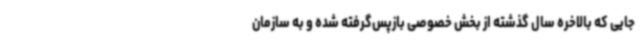
جایی که بالاخره سال گذشته از بخش خصوصی بازپس‌گرفته شده و به سازمان